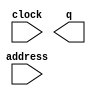
module rommask (
	address,
	clock,
	q);

	input	[13:0]  address;
	input	  clock;
	output	[7:0]  q;
`ifndef ALTERA_RESERVED_QIS
// synopsys translate_off
`endif
	tri1	  clock;
`ifndef ALTERA_RESERVED_QIS
// synopsys translate_on
`endif

endmodule